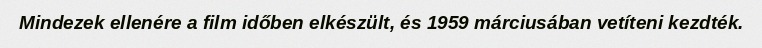
Mindezek ellenére a film időben elkészült, és 1959 márciusában vetíteni kezdték.